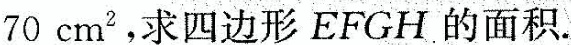
70cm^{2}，求四边形EFGH的面积.